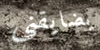
يضايقني